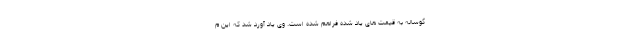
گوساله به قیمت های یاد شده فراهم شده است. وی یاد آورد شد که این م